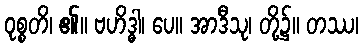
ဝုစ္စတိ၊ ၏။ ဗဟိဒ္ဓါ၊ ပေ။ အာဒီသု၊ တို့၌။ တဿ၊